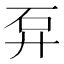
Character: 𥐧